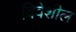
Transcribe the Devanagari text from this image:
विवेशील